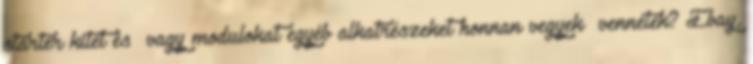
starter kitet és vagy modulokat egyéb alkatrészeket honnan vegyek vennétek? Ebay,